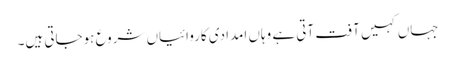
جہاں کہیں آفت آتی ہے وہاں امدادی کاروائیاں شروع ہوجاتی ہیں۔